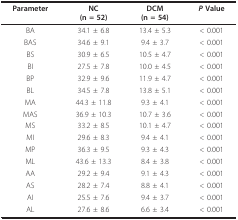
<table><thead><tr><td><b>Parameter</b></td><td><b>NC(n = 52)</b></td><td><b>DCM(n = 54)</b></td><td><b><i>P </i>Value</b></td></tr></thead><tbody><tr><td>BA</td><td>34.1 ± 6.8</td><td>13.4 ± 5.3</td><td>&lt; 0.001</td></tr><tr><td>BAS</td><td>34.6 ± 9.1</td><td>9.4 ± 3.7</td><td>&lt; 0.001</td></tr><tr><td>BS</td><td>30.9 ± 6.5</td><td>10.5 ± 4.7</td><td>&lt; 0.001</td></tr><tr><td>BI</td><td>27.5 ± 7.8</td><td>10.0 ± 4.5</td><td>&lt; 0.001</td></tr><tr><td>BP</td><td>32.9 ± 9.6</td><td>11.9 ± 4.7</td><td>&lt; 0.001</td></tr><tr><td>BL</td><td>34.5 ± 7.8</td><td>13.8 ± 5.1</td><td>&lt; 0.001</td></tr><tr><td>MA</td><td>44.3 ± 11.8</td><td>9.3 ± 4.1</td><td>&lt; 0.001</td></tr><tr><td>MAS</td><td>36.9 ± 10.3</td><td>10.7 ± 3.6</td><td>&lt; 0.001</td></tr><tr><td>MS</td><td>33.2 ± 8.5</td><td>10.1 ± 4.7</td><td>&lt; 0.001</td></tr><tr><td>MI</td><td>29.6 ± 8.3</td><td>9.4 ± 4.1</td><td>&lt; 0.001</td></tr><tr><td>MP</td><td>36.3 ± 9.5</td><td>9.3 ± 4.3</td><td>&lt; 0.001</td></tr><tr><td>ML</td><td>43.6 ± 13.3</td><td>8.4 ± 3.8</td><td>&lt; 0.001</td></tr><tr><td>AA</td><td>29.2 ± 9.4</td><td>9.1 ± 4.3</td><td>&lt; 0.001</td></tr><tr><td>AS</td><td>28.2 ± 7.4</td><td>8.8 ± 4.1</td><td>&lt; 0.001</td></tr><tr><td>AI</td><td>25.5 ± 7.6</td><td>9.4 ± 3.7</td><td>&lt; 0.001</td></tr><tr><td>AL</td><td>27.6 ± 8.6</td><td>6.6 ± 3.4</td><td>&lt; 0.001</td></tr></tbody></table>